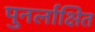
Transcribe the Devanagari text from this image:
पुनर्लाक्षित